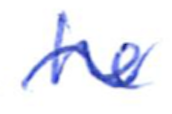
Text: he
Cross-out: wave
Writing tool: ballpoint